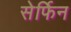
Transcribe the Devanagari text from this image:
सेर्फिन